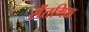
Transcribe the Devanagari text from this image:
सेंतमिळ